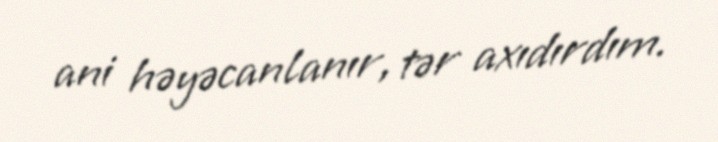
ani həyəcanlanır, tər axıdırdım.